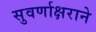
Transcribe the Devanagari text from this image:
सुवर्णाक्षराने